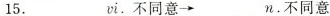
15._______vi.不同意→_____n.不同意